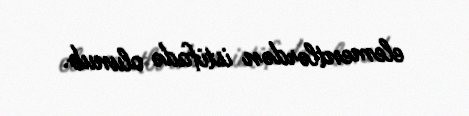
elementlərdən istifadə olunub.